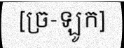
[ច្រ-ឡូក]